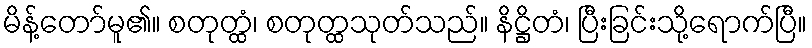
မိန့်တော်မူ၏။ စတုတ္ထံ၊ စတုတ္ထသုတ်သည်။ နိဋ္ဌိတံ၊ ပြီးခြင်းသို့ရောက်ပြီ။